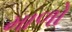
માળો